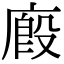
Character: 廄